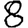
Digit: 8